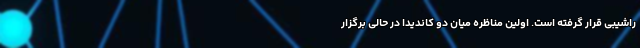
راشیبی قرار گرفته است. اولین مناظره میان دو کاندیدا در حالی برگزار